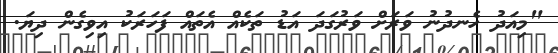
"މިއަދު ހެނދުނު ވަރަށް ވަރުގަދަ އަޑު ތަކެއް އެތައް ފަހަރަކު އިވިގެން ދިޔަ.